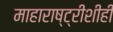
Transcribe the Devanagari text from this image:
माहाराष्ट्रीशीही